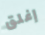
إغلق